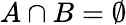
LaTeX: A\cap B=\emptyset